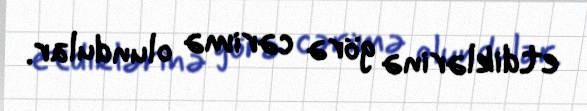
etdiklərinə görə cərimə olundular.